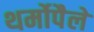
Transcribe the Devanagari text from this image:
थर्मोपैले